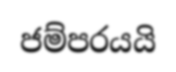
ජම්පරයයි